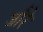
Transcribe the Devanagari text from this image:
जौरे